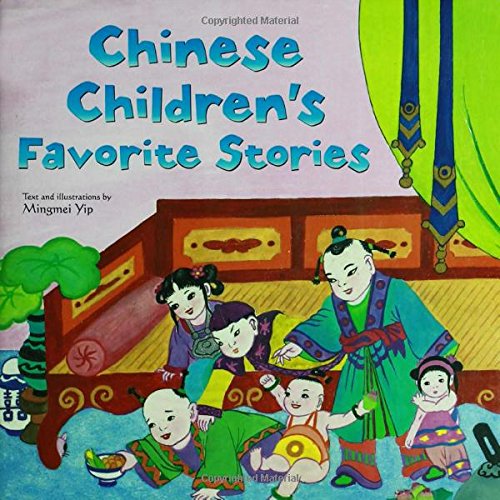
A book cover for Chinese Children's Favorite Stories; Mingmei Yip; Children's Books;